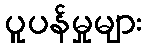
ပူပန်မှုများ